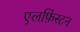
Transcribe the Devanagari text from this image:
एलफ़िंस्टन